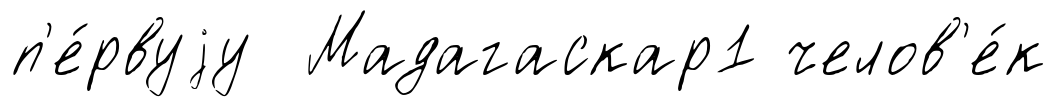
п'е́рвуjу Мадагаскар1 челов'е́к